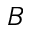
B